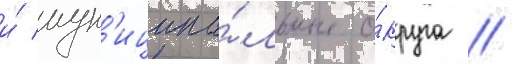
и́ мун'иципа́льные о́круга //